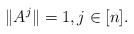
\begin{align*} \|A^{j}\| = 1,j \in [n].\end{align*}